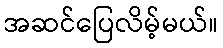
အဆင်ပြေလိမ့်မယ်။